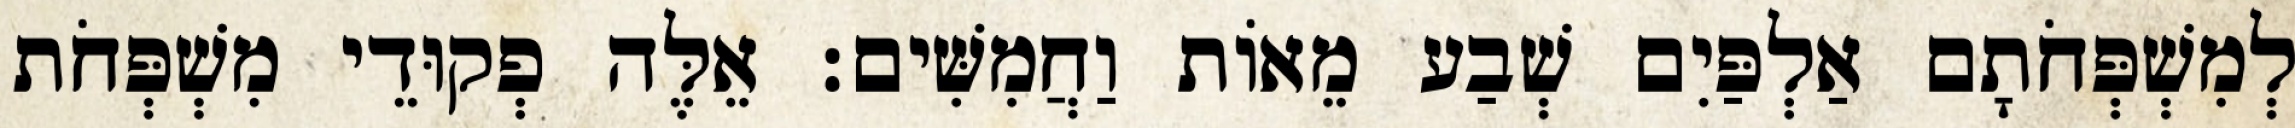
לְמִשְׁפְּחֹתָם אַלְפַּיִם שְׁבַע מֵאוֹת וַחֲמִשִּׁים׃ אֵלֶּה פְקוּדֵי מִשְׁפְּחֹת